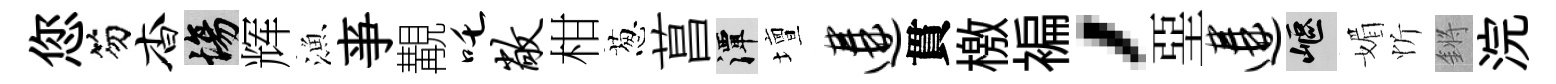
您笏杳場辉漁亊覯吒敞柑葱菖潭壇遘貫檄褊，堊遘嶇媚忻鏘浣